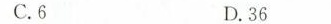
C.6 D.36